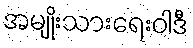
အမျိုးသားရေးဝါဒီ